Vaccination United Provinces of Agra and Oudh 1923-1928 - 1923-1928
Year: 1923
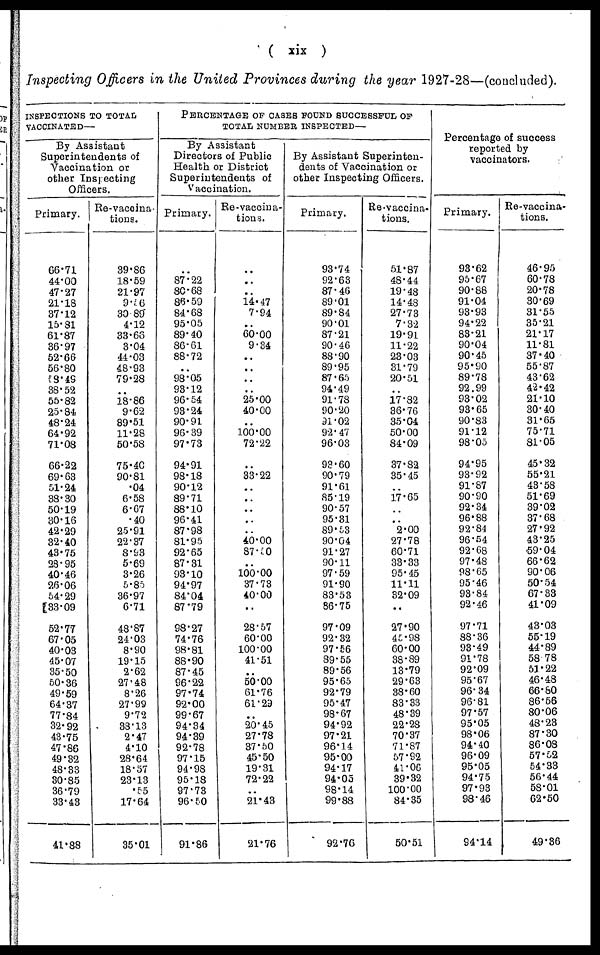
( xix )
Inspecting Officers in the United Provinces during the year 1927-28—(concluded).
INSPECTIONS TO TOTAL
VACCINATED—
By Assistant
Superintendents of
Vaccination or
other Inspecting
Officers.
Primary.
66.71
44.00
47.27
21.18
37.12
15.81
61.87
36.97
52.66
56.80
58.49
38.52
55.82
25.84
48.24
64.92
71.08
66.22
69.63
51.24
38.30
50.19
30.16
42.29
32.40
43.75
28.95
40.46
26.06
54.29
33.09
52.77
67.05
40.03
45.07
35.50
50.36
49.59
64.37
77.84
32.92
43.75
47.86
49.32
48.33
30.85
36.79
33.43
41.88
Re-vaccina¬
tions.
39.86
18.59
21.97
9.56
30.89
4.12
33.66
3.04
44.03
48.93
79.28
..
18.86
9.62
89.51
11.28
50.58
75.40
90.81
.04
6.58
6.67
.40
25.91
22.37
8.93
5.69
3.26
5.85
36.97
6.71
48.87
24.03
8.90
19.15
2.62
27.48
8.26
27.99
9.72
38.13
2.47
4.10
28.64
18.57
23.13
.55
17.64
35.01
PERCENTAGE OF CASES FOUND SUCCESSFUL OF
TOTAL NUMBER INSPECTED—
By Assistant
Directors of Public
Health or District
Superintendents of
Vaccination.
Primary.
..
87.22
80.68
86.59
84.68
95.05
89.40
86.61
88.72
..
98.05
93.12
96.54
93.24
90.91
96.39
97.73
94.91
98.18
90.12
89.71
88.10
96.41
87.98
81.95
92.65
87.31
93.10
94.97
84.04
87.79
98.27
74.76
98.81
88.90
87.45
96.22
97.74
92.00
99.67
94.34
94.39
92.78
97.15
94.98
95.18
97.73
96.50
91.86
Re-vaccina-
tions.
..
..
..
14.47
7.94
..
60.00
9.34
..
..
..
..
25.00
40.00
..
100.00
72.22
..
33.22
..
..
..
..
..
40.00
87.50
..
100.00
37.73
40.00
..
28.57
60.00
100.00
41.51
..
50.00
61.76
61.29
..
20.45
27.78
37.50
45.50
19.31
72.22
..
21.43
21.76
By Assistant Superinten-
dents of Vaccination or
other Inspecting Officers.
Primary.
93.74
92.63
87.46
89.01
89.84
90.01
87.21
90.46
88.90
89.95
87.65
94.49
91.78
90.20
91.02
92.47
96.03
93.60
90.79
91.61
85.19
90.57
95.31
89.53
90.04
91.27
90.11
97.59
91.90
83.53
86.75
97.09
92.32
97.56
89.55
89.56
95.65
92.79
95.47
98.67
94.92
97.21
96.14
95.00
94.17
94.05
98.14
99.88
92.76
Re-vaccina¬
tions.
51.87
48.44
19.48
14.48
27.73
7.32
19.91
11.22
23.03
31.79
20.51
..
17.82
36.76
35.04
50.00
84.09
37.82
35.45
..
17.65
..
..
2.00
27.78
60.71
33.33
95.45
11.11
32.09
..
27.90
45.98
60.00
38.89
13.79
29.63
38.60
83.33
48.39
22.28
70.37
71.87
57.92
41.06
39.32
100.00
84.35
50.51
Percentage of success
reported by
vaccinators.
Primary.
93.62
95.67
90.88
91.04
93.93
94.22
83.21
90.04
90.45
95.90
89.78
92.99
93.02
93.65
90.83
91.12
98.05
94.95
93.92
91.87
90.90
92.34
96.88
92.84
96.54
92.68
97.48
98.65
95.46
93.84
92.46
97.71
88.36
93.49
91.78
92.09
95.67
96.34
96.81
97.57
95.05
98.06
94.40
96.09
95.05
94.75
97.93
98.46
94.14
Re-vaccina-
tions.
46.95
60.78
20.78
30.69
31.55
35.21
21.17
11.81
37.40
55.87
43.62
42.42
21.10
30.40
31.65
75.71
81.05
45.32
55.21
43.58
51.69
39.02
37.68
27.92
43.25
59.04
66.62
90.06
50.54
67.33
41.09
43.03
55.19
44.89
58.78
51.22
46.48
66.80
86.56
80.06
48.23
87.30
86.08
57.52
54.33
56.44
58.01
62.50
49.36